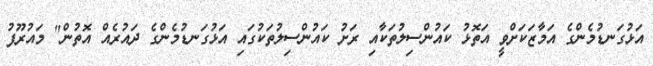
އަޅުގަނޑުމެންގެ އަމާޒަކަށްވީ އަތޮޅު ކައުންސިލުތަކާއި ރަށު ކައުންސިލުތަކުގައި އަޅުގަނޑުމެންގެ ދައުރެއް އޮތުން" މައުރޫފު